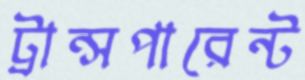
ট্রান্সপারেন্ট